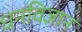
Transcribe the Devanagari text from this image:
धनविज्ञान